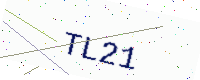
Text: TL21